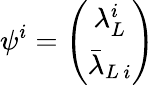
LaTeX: \psi^{i}=\left(\begin{array}{c}{{\lambda_{L}^{i}}}\\ {{\bar{\lambda}_{L\, i}}}\end{array}\right)